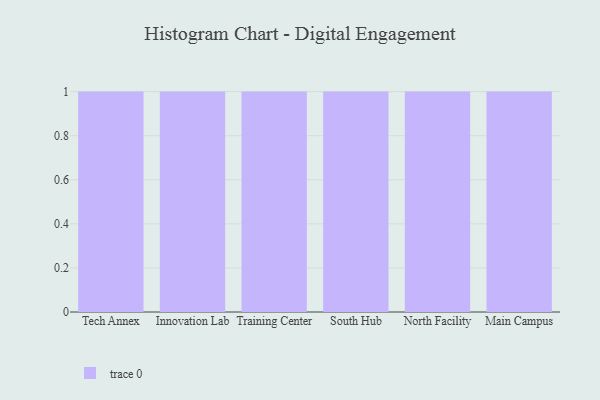
{"axis": {"x": "Campus", "y": "Population (Million)"}, "legend": [""], "data": [{"x": "Tech Annex", "y": 55, "type": ""}, {"x": "Innovation Lab", "y": 27, "type": ""}, {"x": "Training Center", "y": 56, "type": ""}, {"x": "South Hub", "y": 83, "type": ""}, {"x": "North Facility", "y": 3, "type": ""}, {"x": "Main Campus", "y": 78, "type": ""}]}